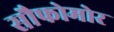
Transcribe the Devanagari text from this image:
सौफोमोर